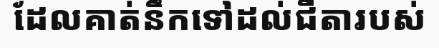
ដែលគាត់នឹកទៅដល់ជីតារបស់